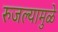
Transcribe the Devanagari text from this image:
रुजल्यामुळे